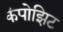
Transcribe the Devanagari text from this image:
कंपोझिट